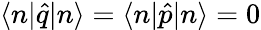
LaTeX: \langle n|\hat{q}|n\rangle=\langle n|\hat{p}|n\rangle=0